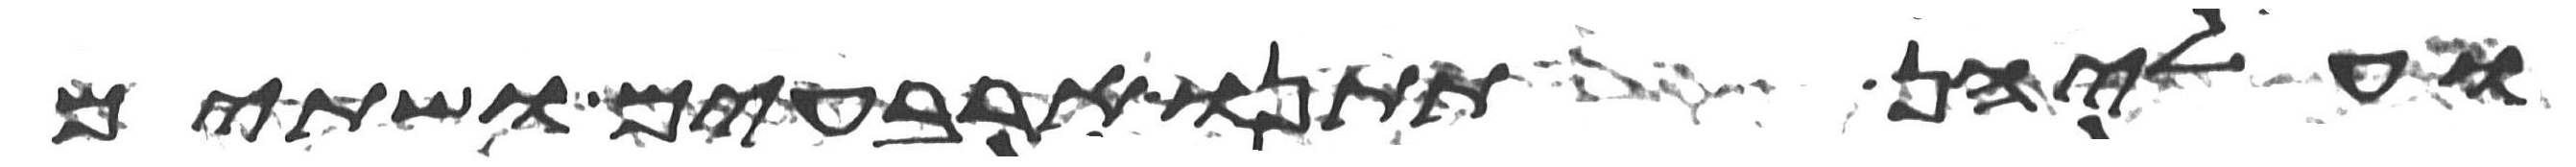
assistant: ועליהן תתנו ארבעים ושתים